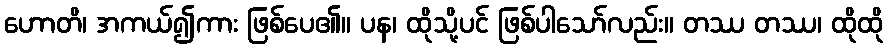
ဟောတိ၊ အကယ်၍ကား ဖြစ်ပေ၏။ ပန၊ ထိုသို့ပင် ဖြစ်ပါသော်လည်း။ တဿ တဿ၊ ထိုထို